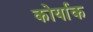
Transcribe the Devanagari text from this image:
कोर्याक